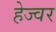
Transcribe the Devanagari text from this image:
हेज्वर